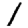
Digit: 1